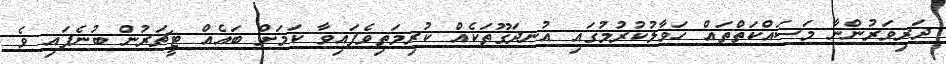
ދަރިވަރުންނާ މަސައްކަތްތައް ހަވާލުކުރުމުގައި އުނދަގޫތަކެއް ކުރިމަތިވެފައިވާ ކަމަށް ބައެއް ޓީޗަރުން ބުނެފައި ވެ